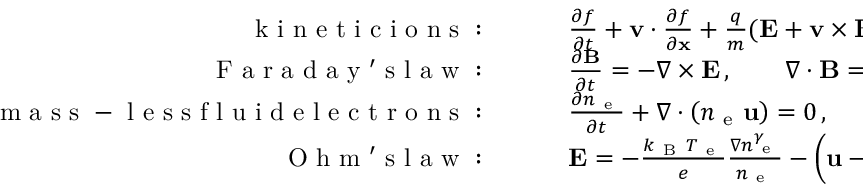
\begin{array} { r l } { \mathrm { ~ k ~ i ~ n ~ e ~ t ~ i ~ c ~ i ~ o ~ n ~ s ~ : ~ } \qquad } & { { } \frac { \partial f } { \partial t } + { \mathbf v } \cdot \frac { \partial f } { \partial \mathbf { x } } + \frac { q } { m } ( { \mathbf E } + { \mathbf v } \times { \mathbf { B } } ) \cdot \frac { \partial f } { \partial { \mathbf v } } = 0 \, , } \\ { \mathrm { ~ F ~ a ~ r ~ a ~ d ~ a ~ y ~ ' ~ s ~ l ~ a ~ w ~ : ~ } \qquad } & { { } \frac { \partial \mathbf { B } } { \partial t } = - \nabla \times { \mathbf E } \, , \qquad \nabla \cdot \mathbf { B } = 0 \, , } \\ { \mathrm { ~ m ~ a ~ s ~ s ~ - ~ l ~ e ~ s ~ s ~ f ~ l ~ u ~ i ~ d ~ e ~ l ~ e ~ c ~ t ~ r ~ o ~ n ~ s ~ : ~ } \qquad } & { { } \frac { \partial n _ { \mathrm { ~ e ~ } } } { \partial t } + \nabla \cdot \left( n _ { \mathrm { ~ e ~ } } \mathbf u \right) = 0 \, , } \\ { \mathrm { ~ O ~ h ~ m ~ ' ~ s ~ l ~ a ~ w ~ : ~ } \qquad } & { { } { \mathbf E } = - \frac { k _ { \mathrm { ~ B ~ } } T _ { \mathrm { ~ e ~ } } } { e } \frac { \nabla n _ { \mathrm { ~ e ~ } } ^ { \gamma } } { n _ { \mathrm { ~ e ~ } } } - \left( \mathbf u - \frac { \mathbf J } { n _ { \mathrm { ~ e ~ } } e } \right) \times { \mathbf { B } } \, . } \end{array}